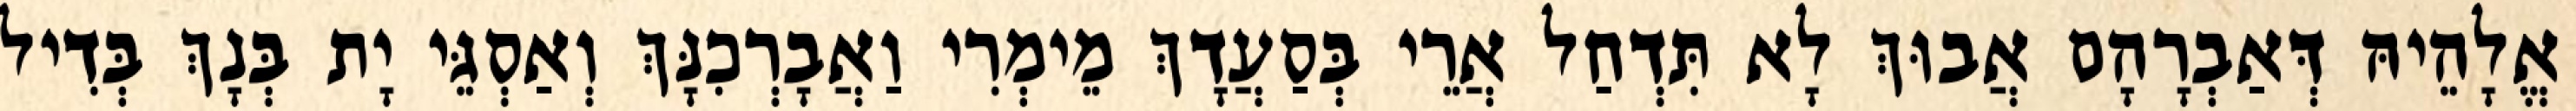
אֱלָהֵיהּ דְּאַבְרָהָם אֲבוּךְ לָא תִּדְחַל אֲרֵי בְּסַעֲדָךְ מֵימְרִי וַאֲבָרְכִנָּךְ וְאַסְגֵּי יָת בְּנָךְ בְּדִיל